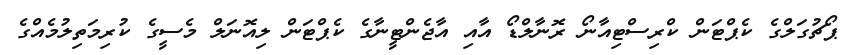
ޕޯޗުގަލްގެ ކެޕްޓަން ކްރިސްޓިއާނޯ ރޮނާލްޑޯ އާއި އާޖެންޓީނާގެ ކެޕްޓަން ލިއޮނަލް މެސީގެ ކުރިމަތިލުމެއްގެ